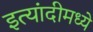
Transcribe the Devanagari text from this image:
इत्यांदीमध्ये